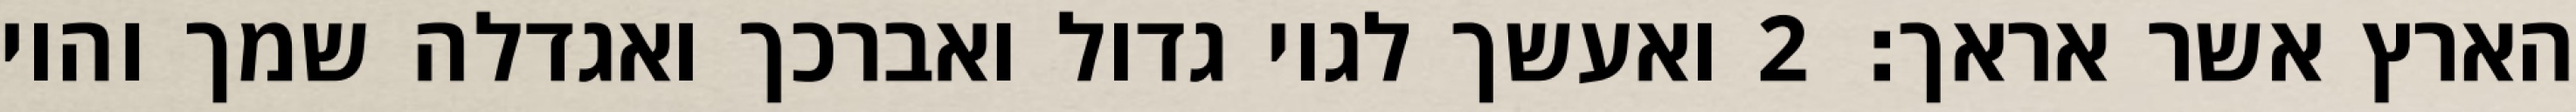
הארץ אשר אראך׃ ‎2‏ ואעשך לגוי גדול ואברכך ואגדלה שמך והוי